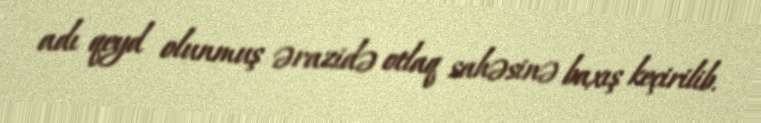
adı qeyd olunmuş ərazidə otlaq sahəsinə baxış keçirilib.